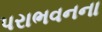
પરાભવનના